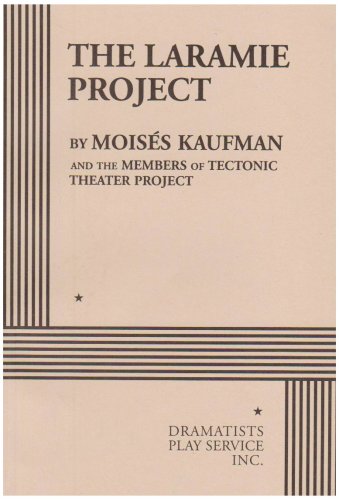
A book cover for The Laramie Project; Moises Kaufman; Humor & Entertainment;